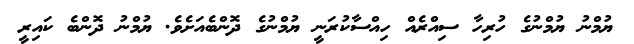
ޔުމްނު ޔުމްނުގެ ހުރިހާ ސިއްރެއް ހިއްސާކުރަނީ ޔުމްނުގެ ދޮންބެއަށެވެ. ޔުމްނު ދޮންބެ ކައިރީ